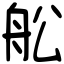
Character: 舩